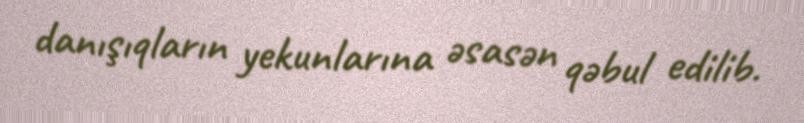
danışıqların yekunlarına əsasən qəbul edilib.